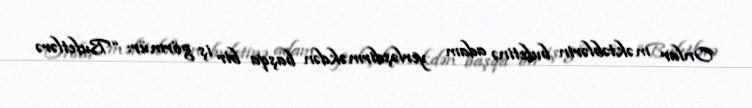
Onlar məktəblərin bufetinə adam yerləşdirməkdən başqa bir iş görmür: “Bufetlərə